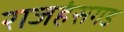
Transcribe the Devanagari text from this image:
राजहंसगड